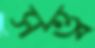
সত্ত্ব